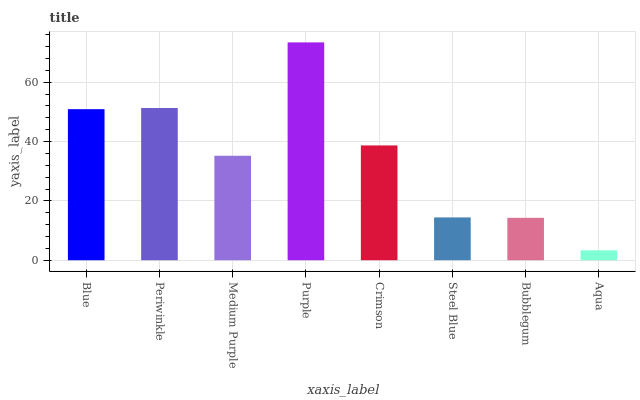
| xaxis_label | bars |
 | --- | --- |
 | Blue | 50.9 |
 | Periwinkle | 51.3 |
 | Medium Purple | 35.2 |
 | Purple | 73.4 |
 | Crimson | 38.7 |
 | Steel Blue | 14.4 |
 | Bubblegum | 14.3 |
 | Aqua | 3.34 |